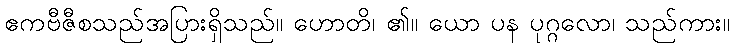
ဧကဗီဇီစသည်အပြားရှိသည်။ ဟောတိ၊ ၏။ ယော ပန ပုဂ္ဂလော၊ သည်ကား။